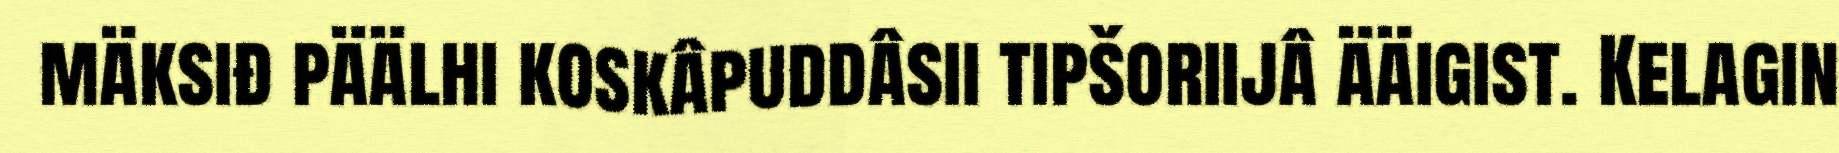
mäksiđ päälhi koskâpuddâsii tipšoriijâ ääigist. Kelagin